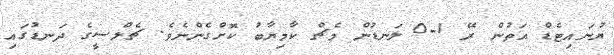
ޔުނައިޓެޑް އަތުން ރޭ 1-0 ލަނޑުން މެޗް ކާމިޔާބު ކޮށްގެންނެވެ. ޗެލްސީގެ ދަނޑުގައި